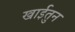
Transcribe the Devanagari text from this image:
खाईतुन